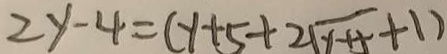
2 y - 4 = ( y + 5 + 2 \sqrt { y + 5 } + 1 )